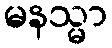
မနသ္မာ